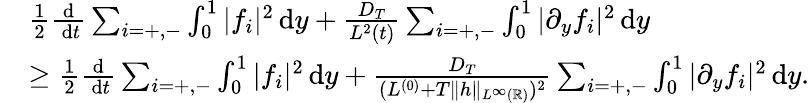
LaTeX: \begin{array}{rl}&{\frac{1}{2}\frac{\textup{d}}{\, \textup{d}t}\sum_{i=+,-}\int_{0}^{1}|f_{i}|^{2}\, \textup{d}y+\frac{D_{T}}{L^{2}(t)}\sum_{i=+,-}\int_{0}^{1}|\partial_{y}f_{i}|^{2}\, \textup{d}y}\\ &{\ge\frac{1}{2}\frac{\textup{d}}{\, \textup{d}t}\sum_{i=+,-}\int_{0}^{1}|f_{i}|^{2}\, \textup{d}y+\frac{D_{T}}{(L^{(0)}+T\| h\| _{L^{\infty}(\mathbb{R})})^{2}}\sum_{i=+,-}\int_{0}^{1}|\partial_{y}f_{i}|^{2}\, \textup{d}y.}\end{array}